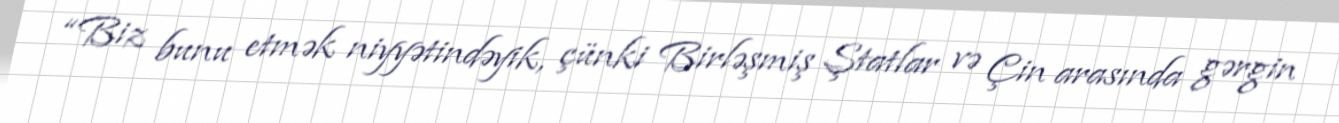
“Biz bunu etmək niyyətindəyik, çünki Birləşmiş Ştatlar və Çin arasında gərgin